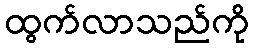
ထွက်လာသည်ကို